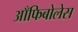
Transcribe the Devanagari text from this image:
आँफिबोलेस